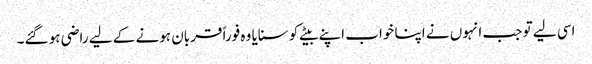
اسی لیے تو جب انہوں نے اپنا خواب اپنے بیٹے کو سنایا وہ فوراً قربان ہونے کے لیے راضی ہو گئے۔